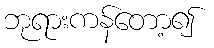
ဘုရားကန်တော့၍